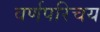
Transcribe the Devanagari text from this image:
वर्णपरिचय